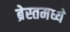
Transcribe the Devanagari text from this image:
ब्रेस्तमध्ये